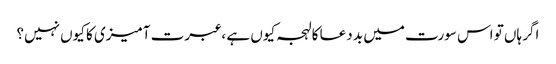
اگر ہاں تو اس سورت میں بد دعا کا لہجہ کیوں ہے ، عبرت آمیزی کا کیوں نہیں؟